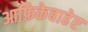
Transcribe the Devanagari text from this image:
आफ्रिकेबाहेर